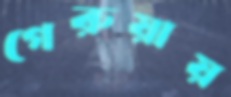
গেরুয়ায়